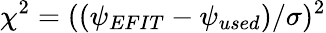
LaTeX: \chi^{2}=((\psi_{EFIT}-\psi_{used})/\sigma)^{2}